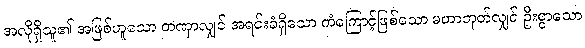
အလိုရှိသူ၏ အဖြစ်ဟူသော တဏှာလျှင် အရင်းခံရှိသော ကံကြောင့်ဖြစ်သော မဟာဘုတ်လျှင် ဦးစွာသော